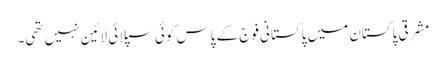
مشرقی پاکستان میں پاکستانی فوج کے پاس کوئی سپلائی لائین نہیں تھی۔